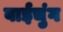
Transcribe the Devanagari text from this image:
वाईचुंग